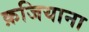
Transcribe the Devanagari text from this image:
क़जियाना